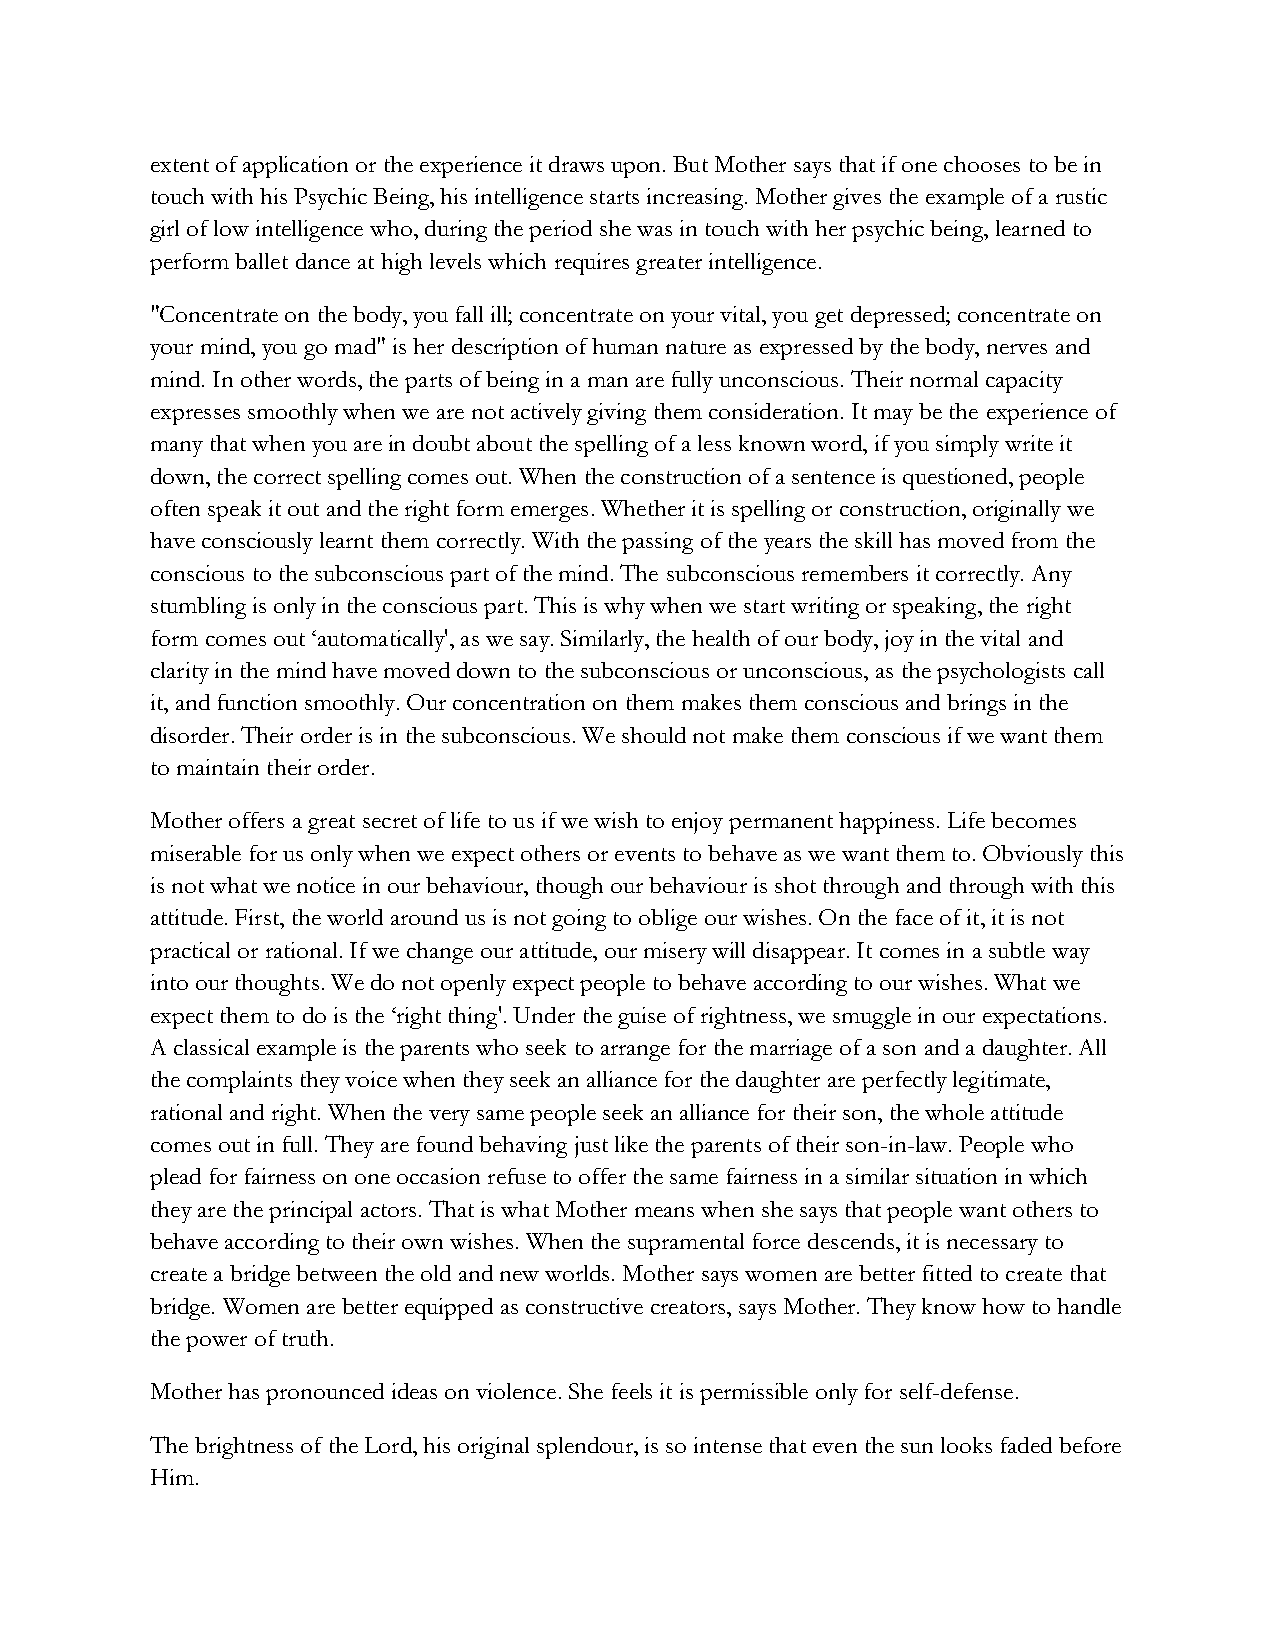
extent of application or the experience it draws upon. But Mother says that if one chooses to be in
 touch with his Psychic Being, his intelligence starts increasing. Mother gives the example of a rustic
 girl of low intelligence who, during the period she was in touch with her psychic being, learned to
 perform ballet dance at high levels which requires greater intelligence.
 "Concentrate on the body, you fall ill; concentrate on your vital, you get depressed; concentrate on
 your mind, you go mad" is her description of human nature as expressed by the body, nerves and
 mind. In other words, the parts of being in a man are fully unconscious. Their normal capacity
 expresses smoothly when we are not actively giving them consideration. It may be the experience of
 many that when you are in doubt about the spelling of a less known word, if you simply write it
 down, the correct spelling comes out. When the construction of a sentence is questioned, people
 often speak it out and the right form emerges. Whether it is spelling or construction, originally we
 have consciously learnt them correctly. With the passing of the years the skill has moved from the
 conscious to the subconscious part of the mind. The subconscious remembers it correctly. Any
 stumbling is only in the conscious part. This is why when we start writing or speaking, the right
 form comes out ‘automatically', as we say. Similarly, the health of our body, joy in the vital and
 clarity in the mind have moved down to the subconscious or unconscious, as the psychologists call
 it, and function smoothly. Our concentration on them makes them conscious and brings in the
 disorder. Their order is in the subconscious. We should not make them conscious if we want them
 to maintain their order.
 Mother offers a great secret of life to us if we wish to enjoy permanent happiness. Life becomes
 miserable for us only when we expect others or events to behave as we want them to. Obviously this
 is not what we notice in our behaviour, though our behaviour is shot through and through with this
 attitude. First, the world around us is not going to oblige our wishes. On the face of it, it is not
 practical or rational. If we change our attitude, our misery will disappear. It comes in a subtle way
 into our thoughts. We do not openly expect people to behave according to our wishes. What we
 expect them to do is the ‘right thing'. Under the guise of rightness, we smuggle in our expectations.
 A classical example is the parents who seek to arrange for the marriage of a son and a daughter. All
 the complaints they voice when they seek an alliance for the daughter are perfectly legitimate,
 rational and right. When the very same people seek an alliance for their son, the whole attitude
 comes out in full. They are found behaving just like the parents of their son-in-law. People who
 plead for fairness on one occasion refuse to offer the same fairness in a similar situation in which
 they are the principal actors. That is what Mother means when she says that people want others to
 behave according to their own wishes. When the supramental force descends, it is necessary to
 create a bridge between the old and new worlds. Mother says women are better fitted to create that
 bridge. Women are better equipped as constructive creators, says Mother. They know how to handle
 the power of truth.
 Mother has pronounced ideas on violence. She feels it is permissible only for self-defense.
 The brightness of the Lord, his original splendour, is so intense that even the sun looks faded before
 Him.